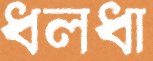
ধলধা